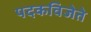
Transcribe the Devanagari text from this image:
पदकविजेते